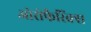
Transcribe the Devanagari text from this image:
ओरोफैरिंक्स